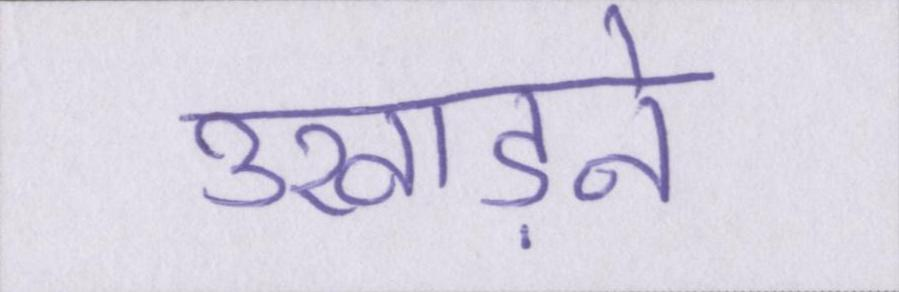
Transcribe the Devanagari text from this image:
उखाड़ने